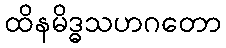
ထိနမိဒ္ဓသဟဂတော